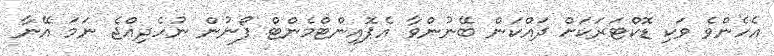
އެހެންވެ ވަކި ޑޮކްޓަރަކަށް ދައްކަން ބޭނުންވާ އެޕޮއިންޓްމެންޓް ފޯނުން ނުހެދިއްޖެ ނަމަ އޭނާ